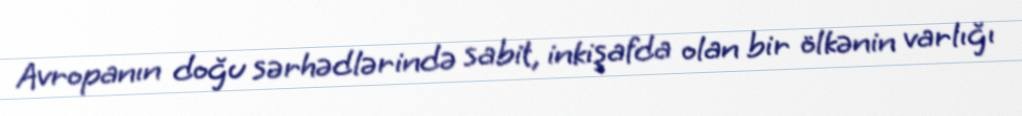
Avropanın doğu sərhədlərində sabit, inkişafda olan bir ölkənin varlığı